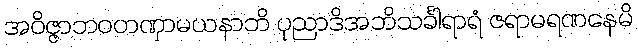
အဝိဇ္ဇာဘဝတဏှာမယနာဘိ ပုညာဒိအဘိသင်္ခါရာရံ ဇရာမရဏနေမိ